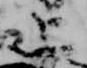
上